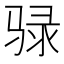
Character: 𫘧